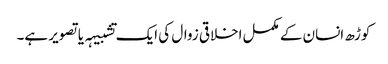
کوڑھ انسان کے مکمل اخلاقی زوال کی ایک تشبیہہ یا تصویر ہے۔